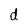
Character: d